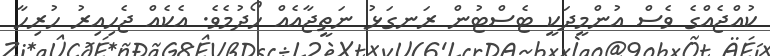
ކުއްޖެއްގެ ވެސް އުންމީދަކީ ޓެސްޓުން ރަނގަޅު ނަތީޖާއެއް ހޯދުމެވެ. އެކެއް ޖެހިއިރު ހުރިހާ